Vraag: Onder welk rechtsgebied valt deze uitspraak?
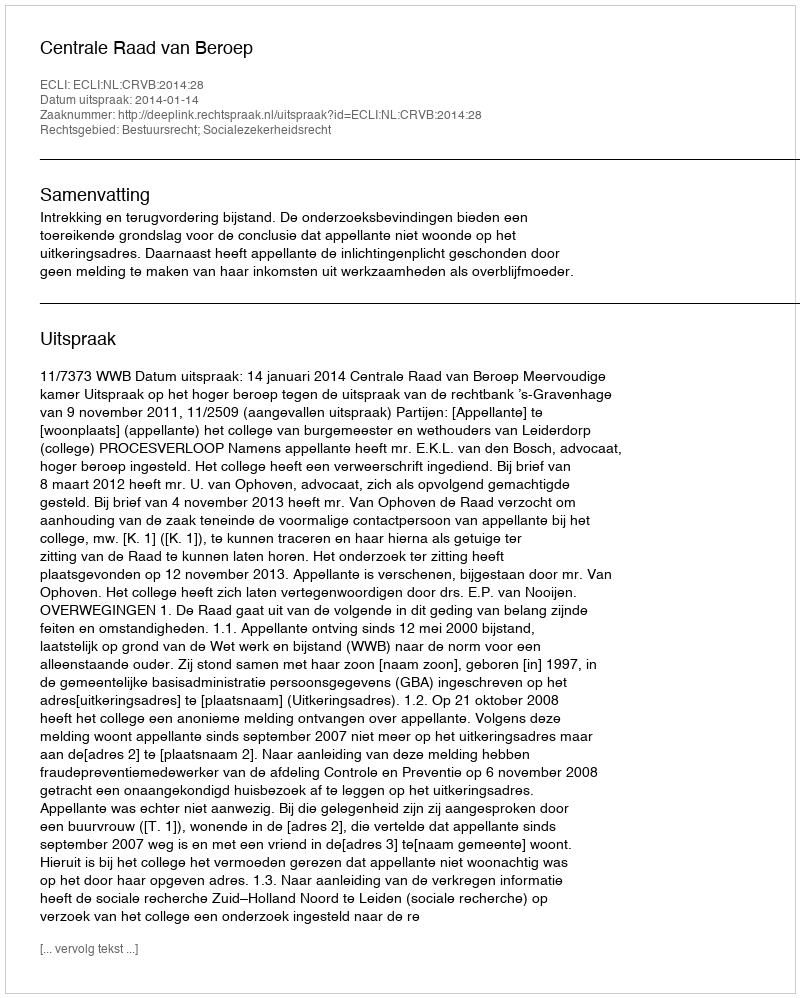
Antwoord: Bestuursrecht; Socialezekerheidsrecht